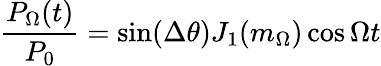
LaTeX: \frac{P_{\Omega}(t)}{P_{0}}=\sin(\Delta\theta)J_{1}(m_{\Omega})\cos\Omega t